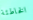
الخاطئة